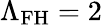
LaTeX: \Lambda_{\mathrm{FH}}=2